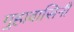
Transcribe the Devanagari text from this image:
गुहावासिनी